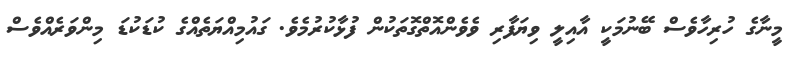
މީނާގެ ހުރިހާވެސް ބޭނުމަކީ އާއިލީ ވިޔަފާރި ވެވެންއޮތްގޮތަކުން ފުޅާކުރުމެވެ. ގައުމިއްޔަތެއްގެ ކުޑަކުޑަ މިންވަރެއްވެސް